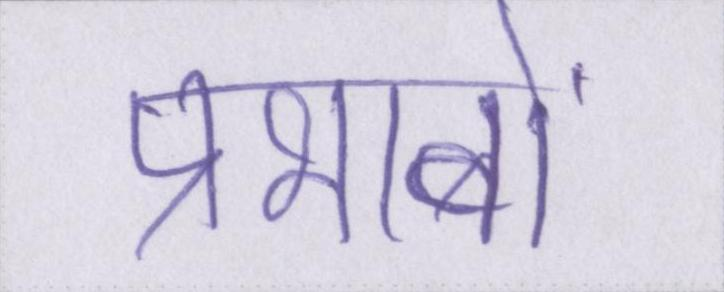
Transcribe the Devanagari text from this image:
प्रभावों